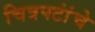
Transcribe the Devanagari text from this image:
चित्रपटांंचे